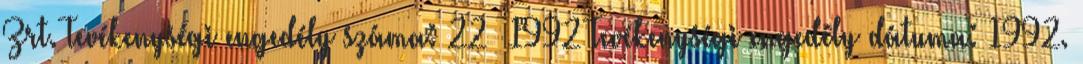
Zrt. Tevékenységi engedély száma: 22 1992 Tevékenységi engedély dátuma: 1992.